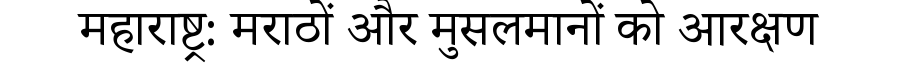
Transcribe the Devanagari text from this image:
महाराष्ट्र: मराठों और मुसलमानों को आरक्षण